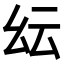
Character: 𢆹